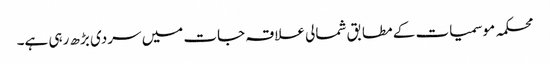
محکمہ موسمیات کے مطابق شمالی علاقہ جات میں سردی بڑھ رہی ہے۔